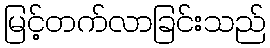
မြင့်တက်လာခြင်းသည်